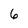
Character: 6